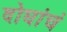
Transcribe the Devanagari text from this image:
दोघांचं